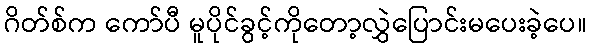
ဂိတ်စ်က ကော်ပီ မူပိုင်ခွင့်ကိုတော့လွှဲပြောင်းမပေးခဲ့ပေ။